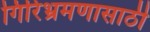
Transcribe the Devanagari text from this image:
गिरिभ्रमणासाठी